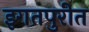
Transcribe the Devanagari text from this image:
इगतपुरीत